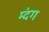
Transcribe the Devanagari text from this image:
म्दंग